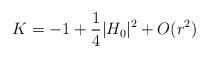
LaTeX: \begin{align*}K = -1 + \frac{1}{4} |H_0|^2 + O(r^2)\end{align*}